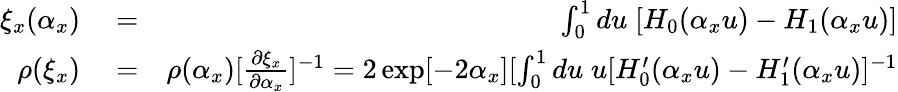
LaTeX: \begin{array}{rlr}{\xi_{x}(\alpha_{x})}&{{}=}&{\int_{0}^{1}du\; [H_{0}(\alpha_{x}u)-H_{1}(\alpha_{x}u)]}\\ {\rho(\xi_{x})}&{{}=}&{\rho(\alpha_{x})[\frac{\partial\xi_{x}}{\partial\alpha_{x}}]^{-1}=2\exp[-2\alpha_{x}][\int_{0}^{1}du\; u[H_{0}^{\prime}(\alpha_{x}u)-H_{1}^{\prime}(\alpha_{x}u)]^{-1}}\end{array}